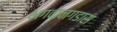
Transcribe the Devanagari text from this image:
भगवानगडास